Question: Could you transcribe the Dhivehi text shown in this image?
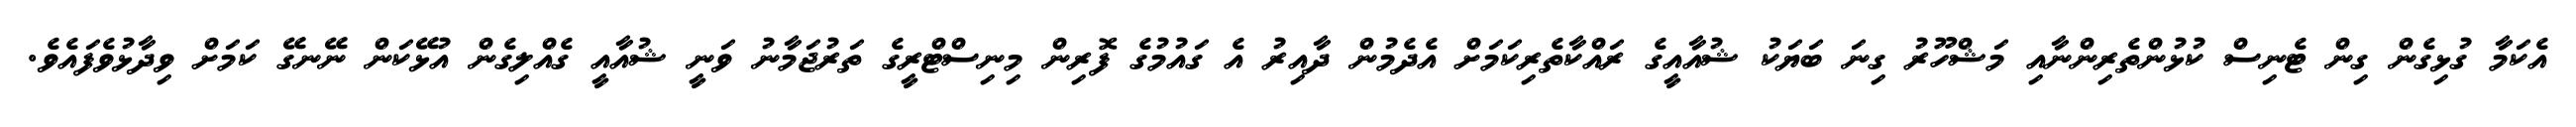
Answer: އެކަމާ ގުޅިގެން ގިން ޓެނިސް ކުޅުންތެރިންނާއި މަޝްހޫރު ގިނަ ބަޔަކު ޝުއާއީގެ ރައްކާތެރިކަމަށް އެދެމުން ދާއިރު އެ ގައުމުގެ ފޮރިން މިނިސްޓްރީގެ ތަރުޖަމާނު ވަނީ ޝުއާއީ ގެއްލިގެން އުޅޭކަން ނޭނގޭ ކަމަށް ވިދާޅުވެފައެވެ.